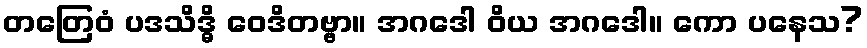
တတြေဝံ ပဒသိဒ္ဓိ ဝေဒိတဗ္ဗာ။ အဂဒေါ ဝိယ အဂဒေါ။ ကော ပနေသ?